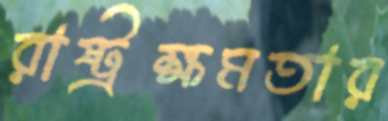
রাষ্ট্রক্ষমতার